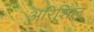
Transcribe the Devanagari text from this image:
अरिशिल